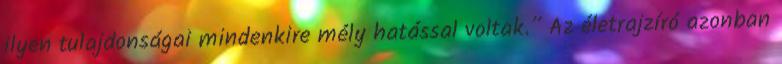
ilyen tulajdonságai mindenkire mély hatással voltak.” Az életrajzíró azonban